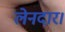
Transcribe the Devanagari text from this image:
लेनदार।